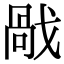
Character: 𢧘